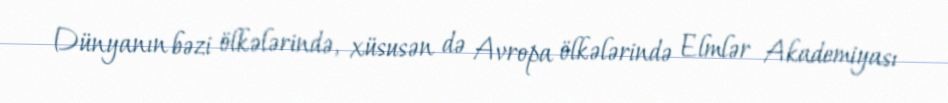
Dünyanın bəzi ölkələrində, xüsusən də Avropa ölkələrində Elmlər Akademiyası